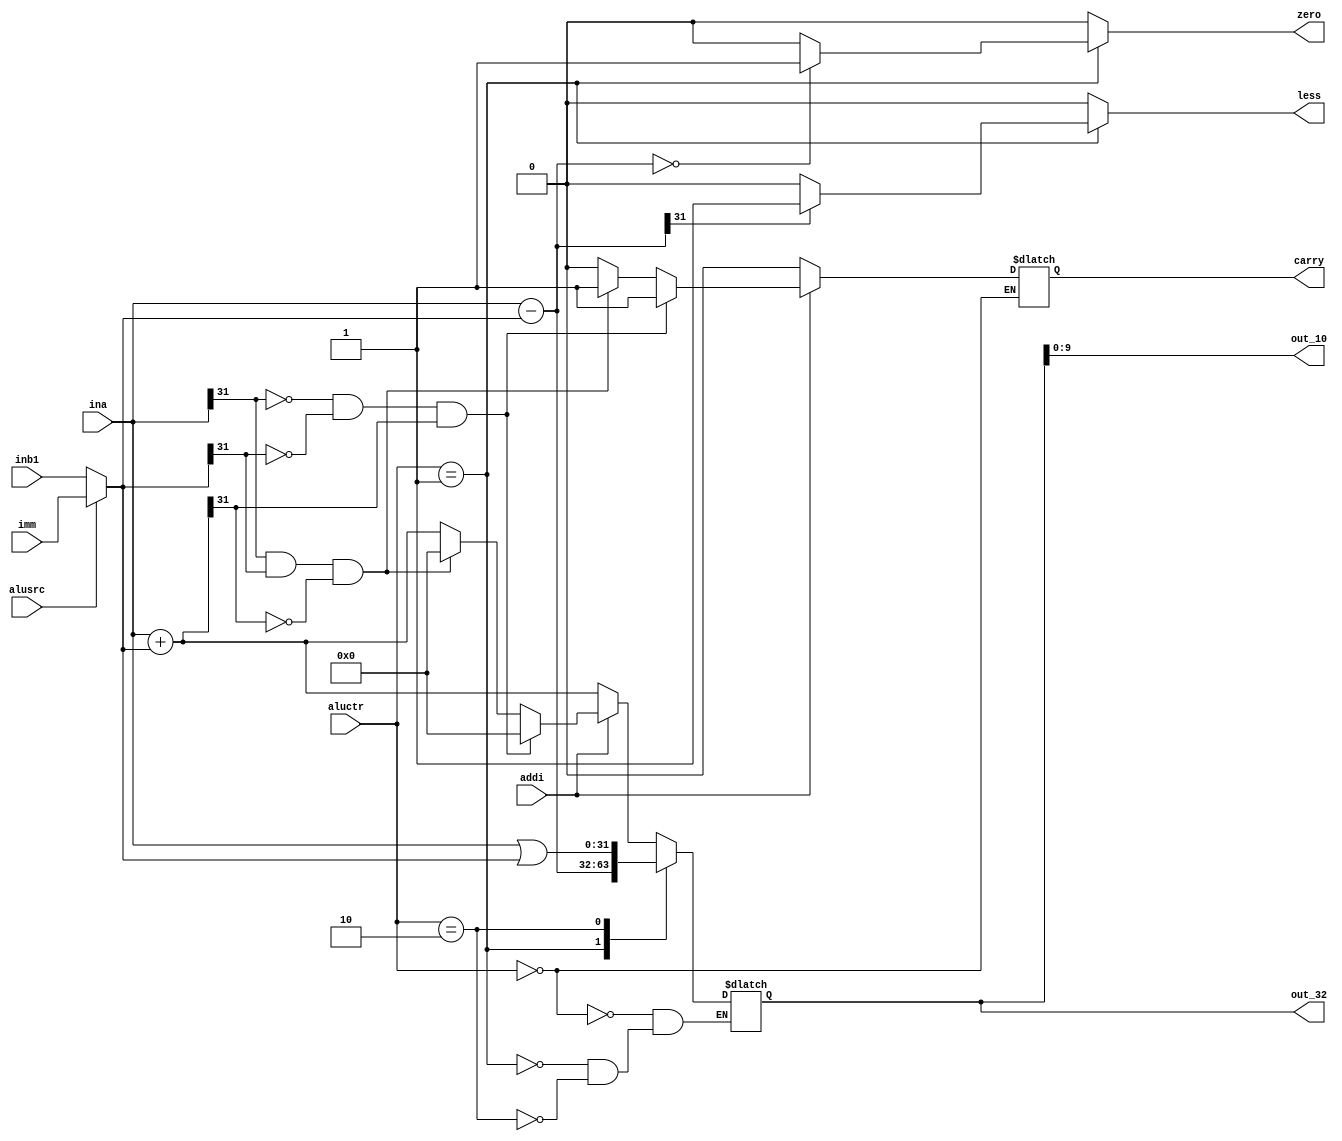
module alu(
input [31:0]ina,
input [31:0]inb1,
input [31:0]imm,
input alusrc,
input addi,
input [1:0]aluctr,
output wire [31:0]out_32,
output wire [9:0]out_10,
output reg zero,
output reg carry,
output reg less
);
reg [31:0]temp;
reg [31:0]inb;
always@(*)
begin
zero=0;
less=0;
case(alusrc)
1'b0:inb=inb1;
1'b1:inb=imm;
default:;
endcase
case(aluctr)
2'b00:begin 
temp=ina+inb;
carry=0;
if(addi)begin
	if (ina[31]==0&&inb[31]==0&&temp[31]==1) begin carry =1; temp=0; end
	else if (ina[31]==1&&inb[31]==1&&temp[31]==0) begin carry =1; temp=0; end 
end

end
2'b01:begin 
temp=ina-inb;
if(temp[31]==1) less = 1;
if(temp == 0) zero = 1;
end
2'b10:temp=ina|inb;

default:;

endcase
end

assign out_32 = temp;
assign out_10 = {temp[9:0]};

endmodule